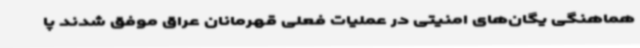
هماهنگی یگان‌های امنیتی در عملیات فعلی قهرمانان عراق موفق شدند پا